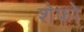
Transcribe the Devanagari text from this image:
शेफो